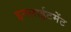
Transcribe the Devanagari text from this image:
इनलाईटमेंट